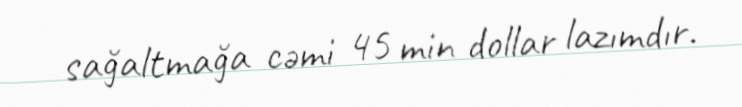
sağaltmağa cəmi 45 min dollar lazımdır.